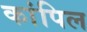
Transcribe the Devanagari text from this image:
कांपिल